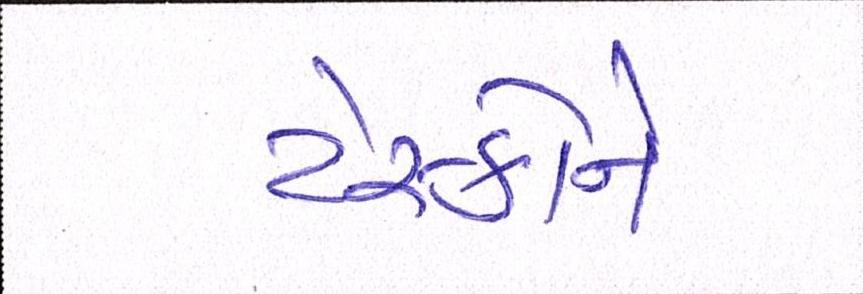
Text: ટેસ્કોને